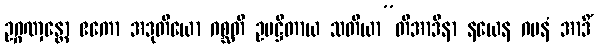
ဥဂ္ဂဏှန္တော ဧကော အဒုတိယော ဂစ္ဆတိ ဥပဋ္ဌိတာယ သတိယာ”တိအာဒိနာ နယေန ဂမနံ အာဒိံ